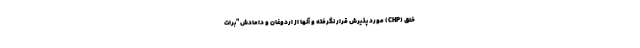
خلق (CHP) مورد پذیرش قرار نگرفته و آنها از اردوغان و دامادش "برات